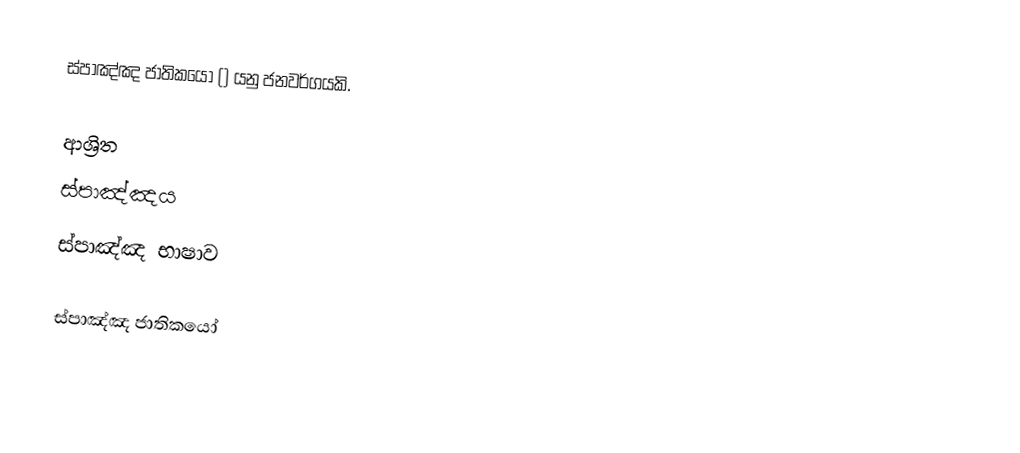
ස්පාඤ්ඤ ජාතිකයෝ () යනු ජනවර්ගයකි.

ආශ්‍රිත
 ස්පාඤ්ඤය
 ස්පාඤ්ඤ භාෂාව

ස්පාඤ්ඤ ජාතිකයෝ